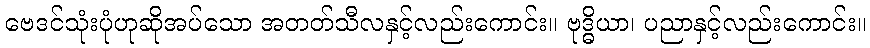
ဗေဒင်သုံးပုံဟုဆိုအပ်သော အတတ်သီလနှင့်လည်းကောင်း။ ဗုဒ္ဓိယာ၊ ပညာနှင့်လည်းကောင်း။